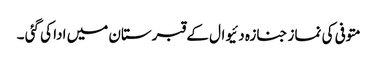
متوفی کی نماز جنازہ دئیوال کے قبرستان میں ادا کی گئی ۔